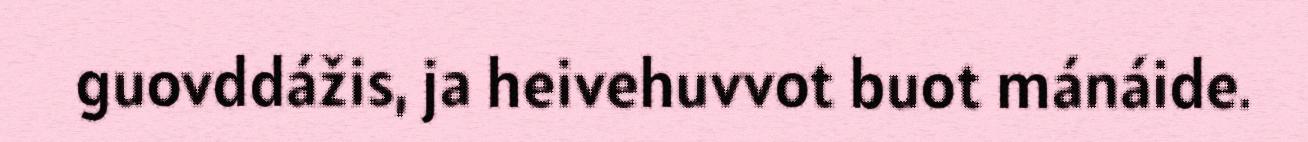
guovddážis, ja heivehuvvot buot mánáide.